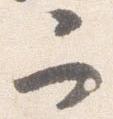
二